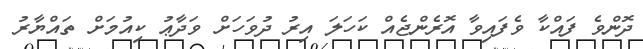
ދޮންވެ ފައްކާ ވެފައިވާ އޮރެންޖެއް ކަހަލަ އިރު ދުވަހަށް ވަދާޢު ކިއުމަށް ތައްޔާރު